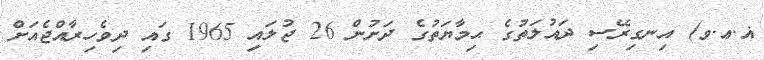
ޣ.ޢ.ވ) އިނގިރޭސި ދައުލަތުގެ ޙިމާޔަތުގެ ދަށުން 26 ޖުލައި 1965 ގައި ދިވެހިރާއްޖެއަށް